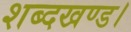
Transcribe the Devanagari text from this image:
शब्दखण्ड।